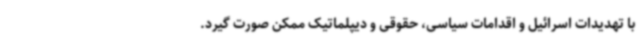
با تهدیدات اسرائیل و اقدامات سیاسی، حقوقی و دیپلماتیک ممکن صورت گیرد.